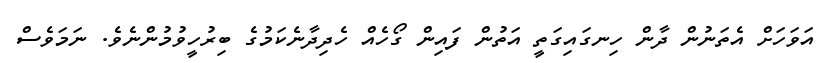
އަވަހަށް އެތަނުން ދާން ހިނގައިގަތީ އަތުން ފައިން ގޯހެއް ހެދިދާނެކަމުގެ ބިރުހީވުމުންނެވެ. ނަމަވެސް